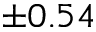
\pm 0 . 5 4